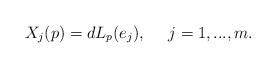
LaTeX: \begin{align*}X_j(p) = dL_p(e_j),\ \ \ \ j=1,...,m.\end{align*}